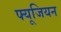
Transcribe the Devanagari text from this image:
फ्यूजियन